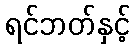
ရင်ဘတ်နှင့်